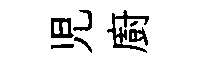
児廚